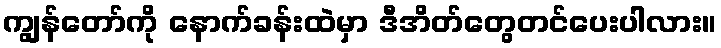
ကျွန်တော်ကို နောက်ခန်းထဲမှာ ဒီအိတ်တွေတင်ပေးပါလား။